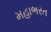
મહાભરત